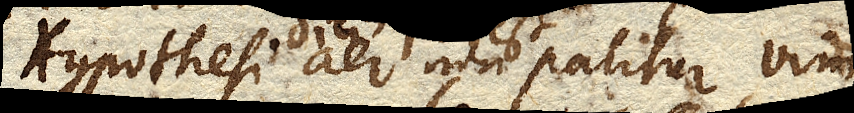
Hypothesi dici aer non patitur vim